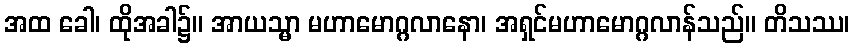
အထ ခေါ၊ ထိုအခါ၌။ အာယသ္မာ မဟာမောဂ္ဂလာနော၊ အရှင်မဟာမောဂ္ဂလာန်သည်။ တိသဿ၊